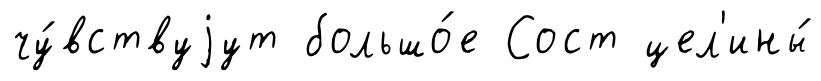
чу́вствуjут большо́е Сост цел'ины́